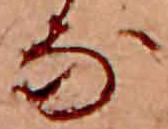
な